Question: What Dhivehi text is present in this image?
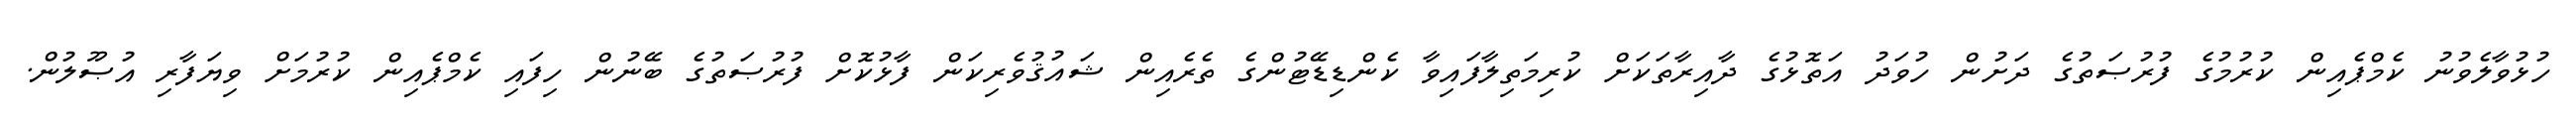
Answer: ހުޅުވާލެވުނު ކެމްޕެއިން ކުރުމުގެ ފުރުޞަތުގެ ދަށުން ހުވަދު އަތޮޅުގެ ދާއިރާތަކަށް ކުރިމަތިލާފައިވާ ކެންޑިޑޭޓުންގެ ތެރެއިން ޝައުޤުވެރިކަން ފާޅުކޮށް ފުރުޞަތުގެ ބޭނުން ހިފައި ކެމްޕެއިން ކުރުމަށް ވިޔަފާރި އުޞޫލުން.